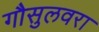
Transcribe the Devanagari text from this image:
गौसुलवरा